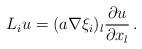
LaTeX: \begin{align*} L_i u = (a\nabla \xi_i)_l \frac{\partial u}{\partial x_{l}}\,. \end{align*}